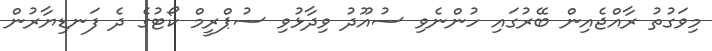
މިވަގުތު ރާއްޖެއިން ބޭރުގައި ހުންނެވި ސުއޫދު ވިދާޅުވި ސުޕްރީމް ކޯޓުގެ ދެ ފަނޑިޔާރުން